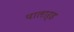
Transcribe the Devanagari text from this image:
पालार्ड